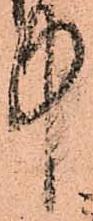
中